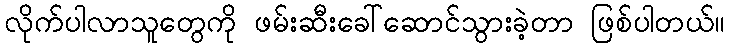
လိုက်ပါလာသူတွေကို ဖမ်းဆီးခေါ်ဆောင်သွားခဲ့တာ ဖြစ်ပါတယ်။